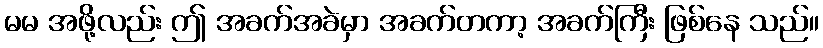
မမ အဖို့လည်း ဤ အခက်အခဲမှာ အခက်တကာ့ အခက်ကြီး ဖြစ်နေ သည်။